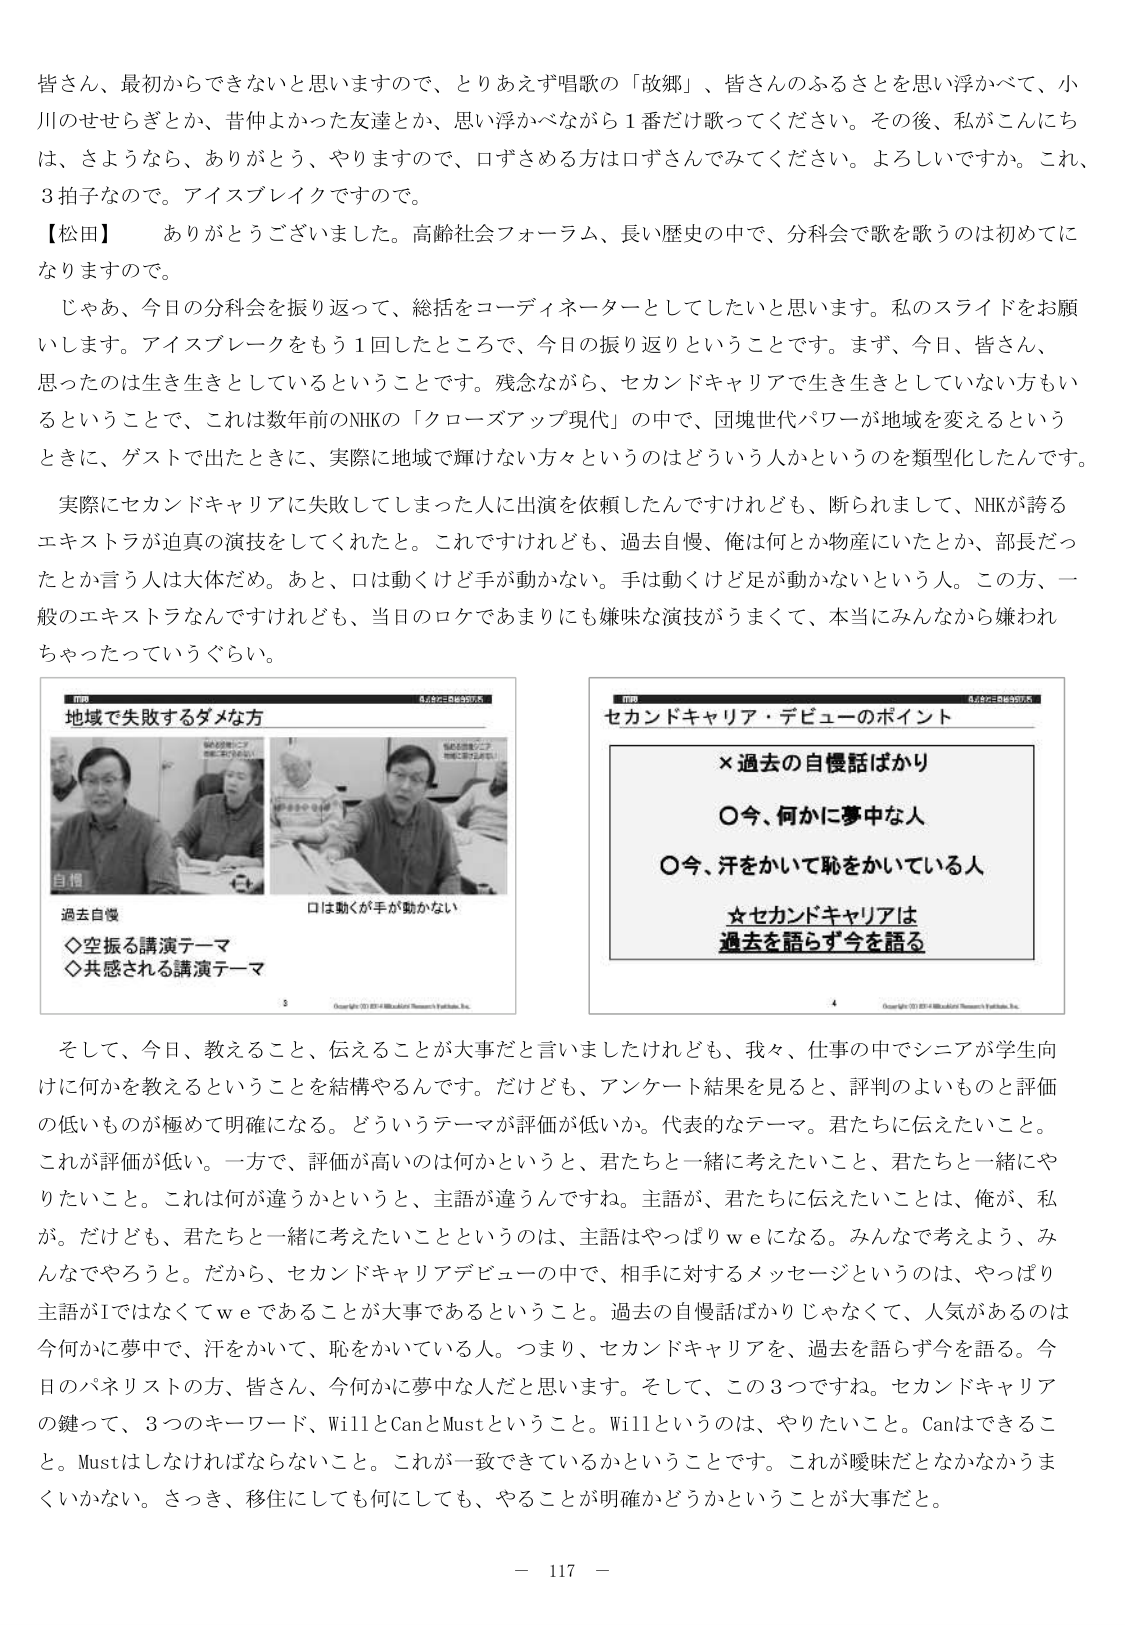
皆さん、最初からできないと思いますので、とりあえず唱歌の「故郷」、皆さんのふるさとを思い浮かべて、小川のせせらぎとか、昔仲よかった友達とか、思い浮かべながら1番だけ歌ってください。その後、私がこんにちは、さようなら、ありがとう、やりますので、ロずさめる方はロずさんでみてください。よろしいですか。これ、3拍子なので。アイスブレイクですのです。

【松田】　ありがとうございました。高齢社会フォーラム、長い歴史の中で、分科会で歌を歌うのは初めてになりますので。

　じゃあ、今日の分科会を振り返って、総括をコーディネーターとしてしたいと思います。私のスライドをお願いします。アイスブレイクをもう1回したところで、今日の振り返りということです。まず、今日、皆さん、思ったのは生き生きとしているということです。残念ながら、セカンドキャリアで生き生きとしていない方というところで、これは数年前のNHKの「クローズアップ現代」の中で、団塊世代パワーが地域を変えるというときに、ゲストで出たときに、実際に地域で輝けない方々というのはどういう人かというのを類型化したんです。

　実際にセカンドキャリアに失敗してしまった人に出演を依頼したんですけれども、断られまして、NHKが誇るエキストラが迫真の演技をしてくれたと。これですけれども、過去自慢、俺は何とか物産にいたとか、部長だったとか言う人は大体だめ。あと、口は動くけど手が動かない。手は動くけど足が動かないという人。この方、一般のエキストラなんですけれども、当日のロケであまりにも嫌味な演技がうまく、本当にみんなから嫌われちゃったっていうぐらい。

【図】
地域で失敗するダメな方
過去自慢
◇空振る講演テーマ
◇共感される講演テーマ
口は動くが手が動かない

【図】
セカンドキャリア・デビューのポイント
×過去の自慢話ばかり
○今、何かに夢中な人
○今、汗をかいて恥をかいている人
☆セカンドキャリアは過去を語らず今を語る

　そして、今日、教えること、伝えることが大事だと言いましたけれども、我々、仕事の中でシニアが学生向けに何かを教えるということを結構やるんです。だけども、アンケート結果を見ると、評判のよいものと評価の低いものが極めて明確になる。どういうテーマが評価が低いか。代表的なテーマ。君たちに伝えたいこと。これが評価が低い。一方で、評価が高いのは何かというと、君たちと一緒に考えたいこと、君たちと一緒にやりたいこと。これは何が違うかというと、主語が違うんですね。主語が、君たちに伝えたいことは、俺が、私が。だけども、君たちと一緒に考えたいことというのは、主語はやっぱりweになる。みんなで考えよう、みんなでやろうと。だから、セカンドキャリアデビューの中で、相手に対するメッセージというのは、やっぱり主語がIではなくてweであることが大事であるということ。過去の自慢話ばかりじゃなくて、人気があるのは今何かに夢中で、汗をかいて、恥をかいている人。つまり、セカンドキャリアを、過去を語らず今を語る。今日のパネリストの方、皆さん、今何かに夢中なんだと思います。そして、この3つですね。セカンドキャリアの鍵って、3つのキーワード、WillとCanとMustということ。Willというのは、やりたいこと。Canはできること。Mustはしなければならないこと。これが一致できているかということです。これが曖昧だとなかなかうまくいかない。さっき、移住にしてしても何にしても、やることが明確かどうかということが大事だと。

－ 117 －